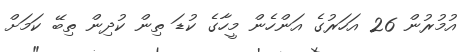
އުމުރުން 26 އަހަރުގެ އަންހެން މީހާގެ ކުޑަ ތިން ކުދިން ތިބޭ ކަމަށް